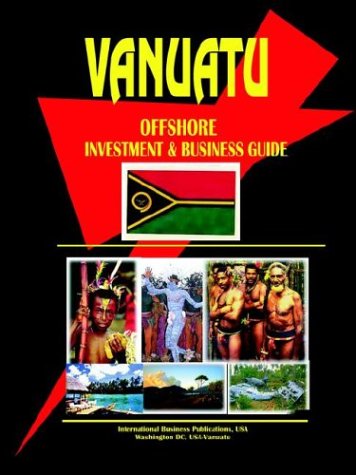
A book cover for Vanuatu Offshore Investment & Business Guide; Ibp Usa; Travel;